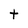
Character: t